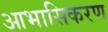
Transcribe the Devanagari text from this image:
आभासिकरण